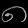
Digit: ၈